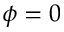
\phi = 0